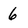
Character: 6